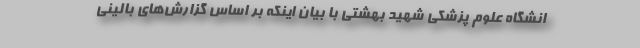
انشگاه علوم پزشکی شهید بهشتی با بیان اینکه بر اساس گزارش‌های بالینی